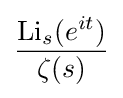
{\frac {\operatorname {Li} _{s}(e^{it})}{\zeta (s)}}